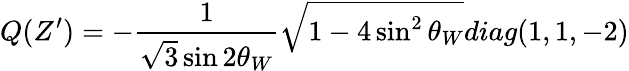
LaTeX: Q(Z^{\prime})=-\frac{1}{\sqrt{3}\sin 2\theta_{W}}\sqrt{1-4\sin^{2}\theta_{W}}diag(1,1,-2)